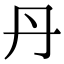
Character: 丹